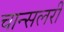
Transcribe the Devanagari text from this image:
चान्सलरी